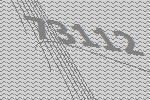
73112